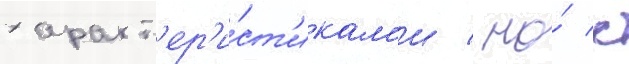
характ'ер'и́ст'икам'и / но́ с